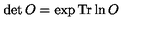
\det O = \exp \mathrm { T r } \ln O